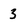
Character: 3